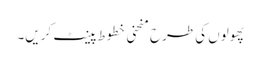
پھولوں کی طرح منحنی خطوط پینٹ کریں۔